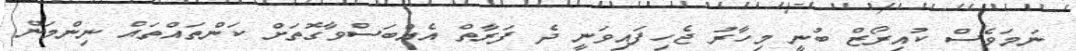
ނަމަވެސް ކުއިރޯޒް ބުނީ މިހާރު ޖެހިފައިވަނީ ދެ ފަރާތް އެއްބަސްވާގޮތަށް ކަންތައްތައް ނިންމަން